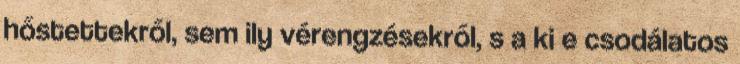
hőstettekről, sem ily vérengzésekről, s a ki e csodálatos